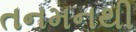
તનમનથી